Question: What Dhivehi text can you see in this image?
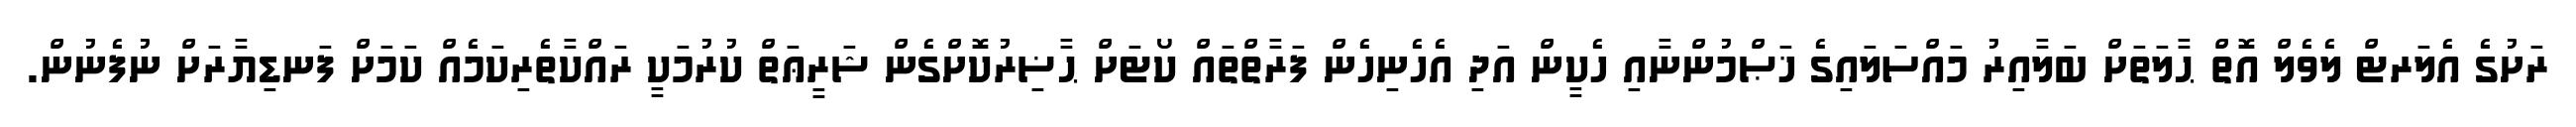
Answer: ރަށުގެ އެލަރޓް ލެވެލް އޮތް ޙާލަތަށް ބަލާއިރު މައްސަލައިގެ ޚަޞްމުންނާއި ހެކީން އަދި އެހެނިހެން ފަރާތްތައް ކޯޓަށް ޙާޟިރުކޮށްގެން ޝަރީޢަތް ކުރުމަކީ ރައްކާތެރިކަމެއް ކަމަށް ފަނޑިޔާރަށް ނުފެނުން.